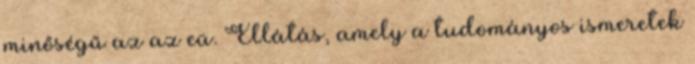
minőségű az az eü. Ellátás, amely a tudományos ismeretek